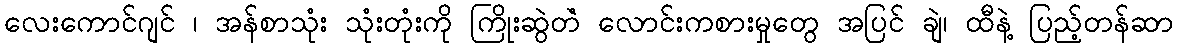
လေးကောင်ဂျင် ၊ အန်စာသုံး သုံးတုံးကို ကြိုးဆွဲတဲံ လောင်းကစားမှုတွေ အပြင် ချဲ၊ ထီနဲ့ ပြည့်တန်ဆာ